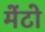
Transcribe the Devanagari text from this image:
मेंटो